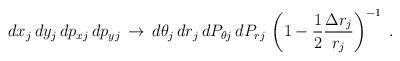
\begin{align*}dx_j \, dy_j \, dp_{xj} \, dp_{yj} \, \rightarrow \,d \theta_j \, dr_j \, dP_{\theta j} \, dP_{rj}\, \left ( 1 - \frac{1}{2} \frac{\Delta r_j}{r_j} \right )^{-1} \; .\end{align*}